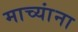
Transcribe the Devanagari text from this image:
माच्यांना